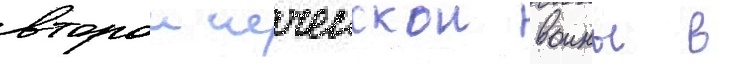
второи чеченскои воины в